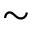
\sim